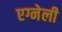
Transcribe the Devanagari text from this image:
एग्नेली